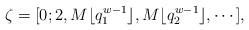
LaTeX: \begin{align*} \zeta=[0;2,M\lfloor q_{1}^{w-1}\rfloor,M\lfloor q_{2}^{w-1}\rfloor,\cdots],\end{align*}